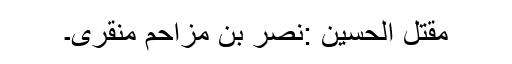
مقتل الحسین :نصر بن مزاحم منقری۔